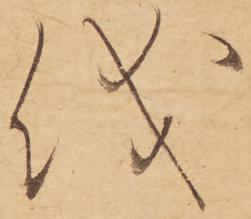
儀